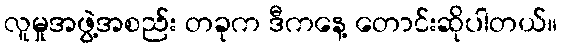
လူမှုအဖွဲ့အစည်း တခုက ဒီကနေ့ တောင်းဆိုပါတယ်။